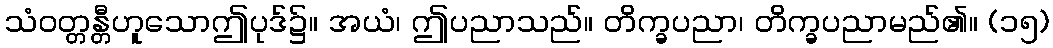
သံဝတ္တန္တီဟူသောဤပုဒ်၌။ အယံ၊ ဤပညာသည်။ တိက္ခပညာ၊ တိက္ခပညာမည်၏။ (၁၅)